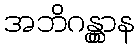
အဘိဂန္တွာန